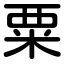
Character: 粟